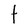
Character: t